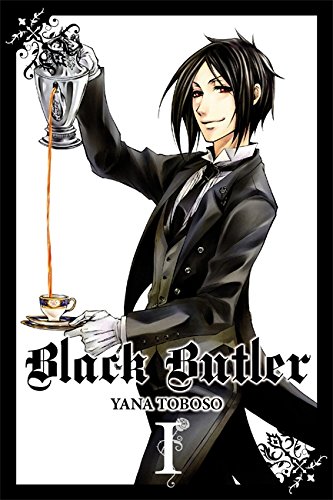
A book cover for Black Butler, Vol. 1; Comics & Graphic Novels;